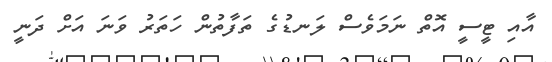
އާއި ޓީސީ އޮތް ނަމަވެސް ލަނޑުގެ ތަފާތުން ހަތަރު ވަނަ އަށް ދަނީ